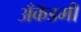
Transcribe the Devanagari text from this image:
अँकॅडमी